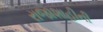
રાજાશાહીની